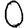
Digit: 0